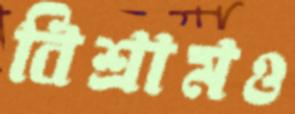
বিশ্রামও